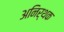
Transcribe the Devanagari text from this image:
अनिर्थक